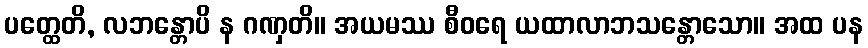
ပတ္ထေတိ, လဘန္တောပိ န ဂဏှတိ။ အယမဿ စီဝရေ ယထာလာဘသန္တောသော။ အထ ပန